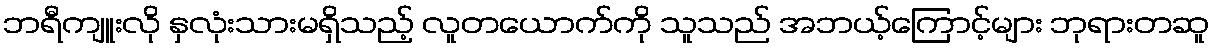
ဘရီကျူးလို နှလုံးသားမရှိသည့် လူတယောက်ကို သူသည် အဘယ့်ကြောင့်များ ဘုရားတဆူ